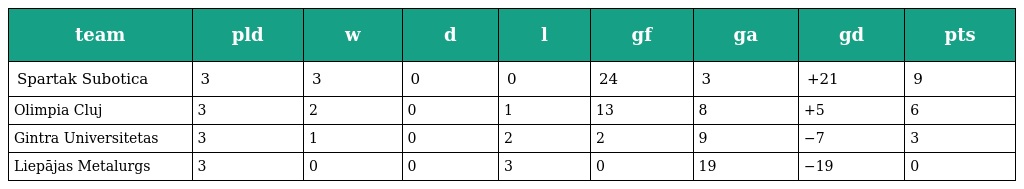
| team | pld | w | d | l | gf | ga | gd | pts |
 | --- | --- | --- | --- | --- | --- | --- | --- | --- |
 | Spartak Subotica | 3 | 3 | 0 | 0 | 24 | 3 | +21 | 9 |
 | Olimpia Cluj | 3 | 2 | 0 | 1 | 13 | 8 | +5 | 6 |
 | Gintra Universitetas | 3 | 1 | 0 | 2 | 2 | 9 | −7 | 3 |
 | Liepājas Metalurgs | 3 | 0 | 0 | 3 | 0 | 19 | −19 | 0 |